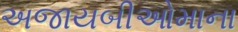
અજાયબીઓમાના